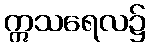
ဣသရေလ၌